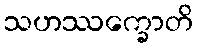
သဟဿက္ခောတိ